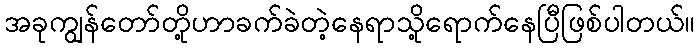
အခုကျွန်တော်တို့ဟာခက်ခဲတဲ့နေရာသို့ရောက်နေပြီဖြစ်ပါတယ်။